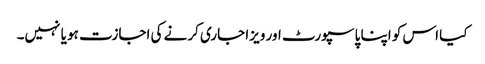
کیا اس کو اپنا پاسپورٹ اور ویزا جاری کرنے کی اجازت ہو یا نہیں۔